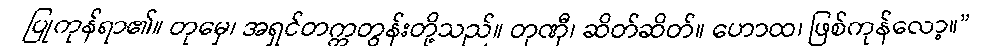
ပြုကုန်ရာ၏။ တုမှေ၊ အရှင်တက္ကတွန်းတို့သည်။ တုဏှီ၊ ဆိတ်ဆိတ်။ ဟောထ၊ ဖြစ်ကုန်လော့။”